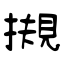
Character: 摫